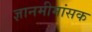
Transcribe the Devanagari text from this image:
ज्ञानमीमांसक